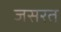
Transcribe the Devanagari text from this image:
जसरत